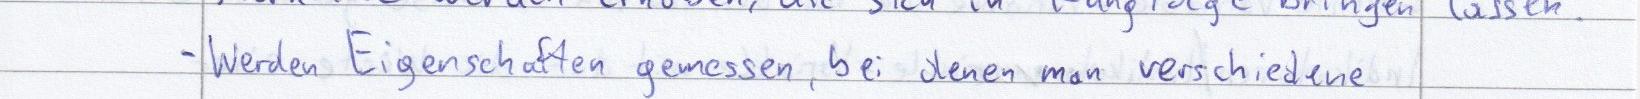
- Werden Eigenschaften gemessen, bei denen man verschiedenen